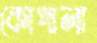
কোপালা